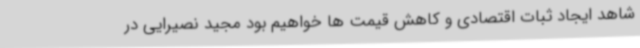
شاهد ایجاد ثبات اقتصادی و کاهش قیمت ها خواهیم بود مجید نصیرایی در